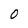
Character: 0